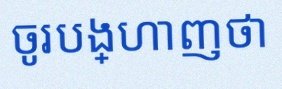
ចូរបង្ហាញថា